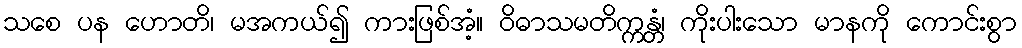
သစေ ပန ဟောတိ၊ မအကယ်၍ ကားဖြစ်အံ့။ ဝိဓာသမတိက္ကန္တံ၊ ကိုးပါးသော မာနကို ကောင်းစွာ